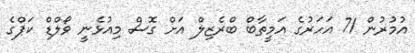
އުމުރުން 71 އަހަރުގެ އަމީތާބް ބްރެޒިލް އަށް ގޮސް މިއުޅެނީ ވޯލްޑް ކަޕްގެ